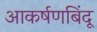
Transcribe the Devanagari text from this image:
आकर्षणबिंदू